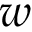
w